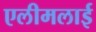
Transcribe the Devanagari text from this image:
एलीमलाई